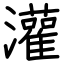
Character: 灌